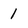
Character: 1